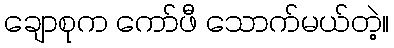
ချောစုက ကော်ဖီ သောက်မယ်တဲ့။